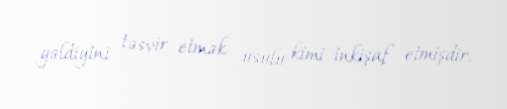
gəldiyini təsvir etmək üsulu kimi inkişaf etmişdir.